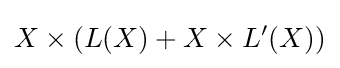
X\times (L(X)+X\times L'(X))